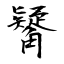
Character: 觺